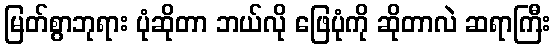
မြတ်စွာဘုရား ပုံဆိုတာ ဘယ်လို ဖြေပုံကို ဆိုတာလဲ ဆရာကြီး